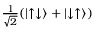
\textstyle { \frac { 1 } { \sqrt { 2 } } } ( \left| \uparrow \downarrow \right\rangle + \left| \downarrow \uparrow \right\rangle )